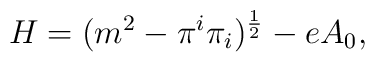
H=(m^2-\pi ^i \pi _i )^{{1\over 2}} -eA_0,